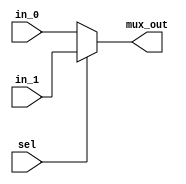
module  mux(in_0,in_1 ,sel,mux_out);
	input in_0, in_1, sel ;
	output mux_out;
	reg  mux_out;
	always @ (sel or in_0 or in_1)
	begin : MUX
		if (sel == 1'b0) begin
 			mux_out = in_0;
		end else begin
			mux_out = in_1 ;
		end
	end
endmodule //mux

module  mux_4bit(in_0,in_1 ,sel,mux_out);
	input [3:0] in_0, in_1;
	input sel ;
	output [3:0]  mux_out;
	reg [3:0]  mux_out;
	always @ (sel or in_0 or in_1)
	begin : MUX
		if (sel == 1'b0) begin
 			mux_out = in_0;
		end else begin
			mux_out = in_1 ;
		end
	end
endmodule //mux